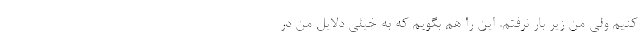
کنیم ولی من زیر بار نرفتم. این را هم بگویم که به خیلی دلایل من در